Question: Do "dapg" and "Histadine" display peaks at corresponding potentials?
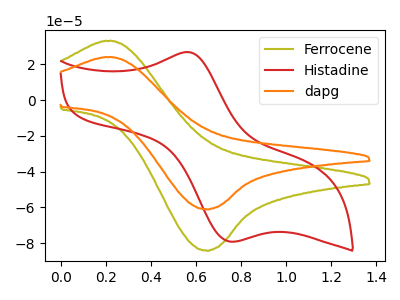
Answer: <think>The olive curve "Ferrocene" has an anodic peak at (0.25V, 32.95uA) and a cathodic peak at (0.65V, -84.20uA). The red curve "Histadine" has an anodic peak at (0.55V, 26.80uA) and a cathodic peak at (0.75V, -79.15uA). The orange curve "dapg" has an anodic peak at (0.25V, 23.90uA) and a cathodic peak at (0.65V, -61.10uA).</think>
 <answer>No, "dapg" and "Histadine" have at least one peak that does not match.</answer>
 <eval>mismatch</eval>